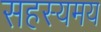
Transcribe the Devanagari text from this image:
सहस्यमय